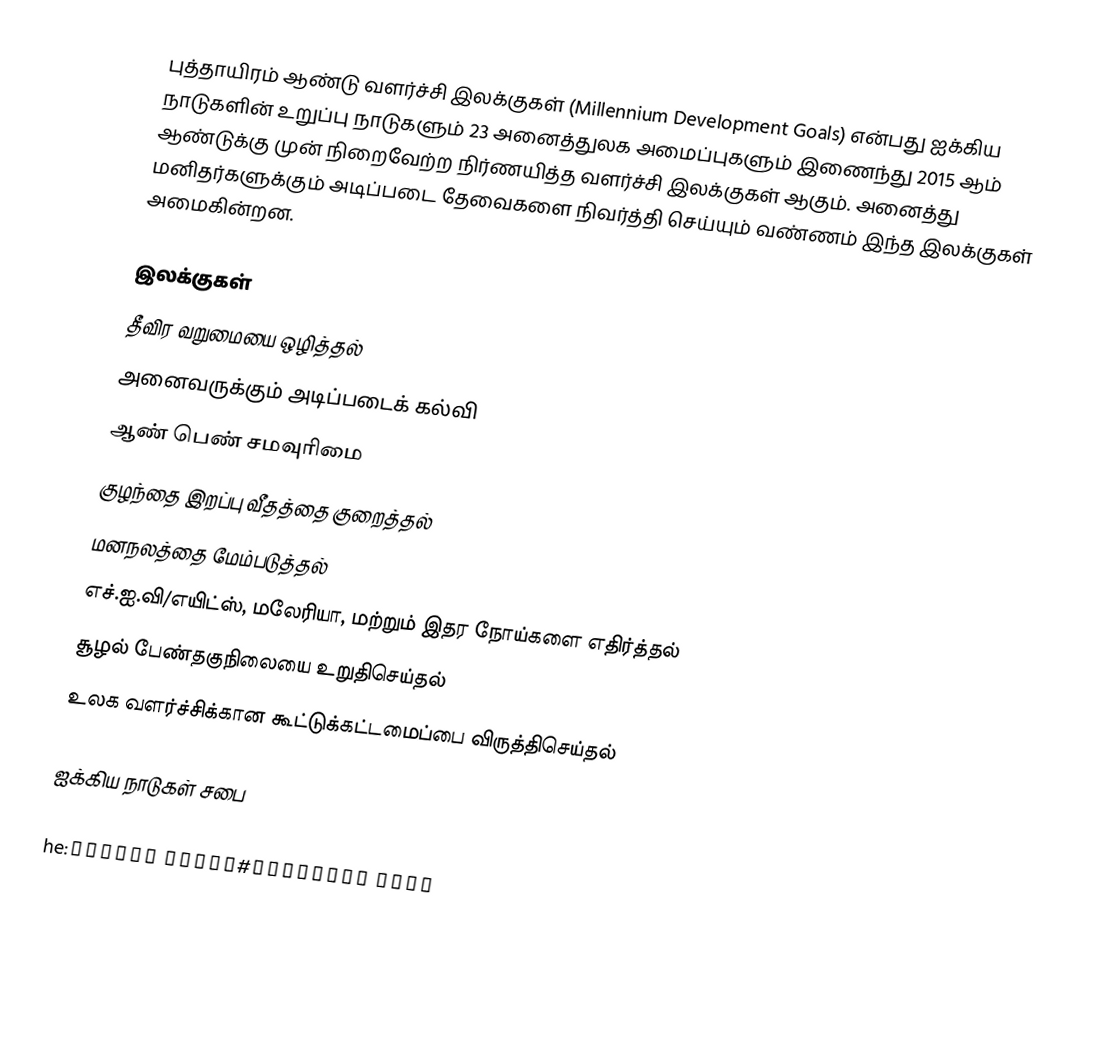
புத்தாயிரம் ஆண்டு வளர்ச்சி இலக்குகள் (Millennium Development Goals) என்பது ஐக்கிய நாடுகளின் உறுப்பு நாடுகளும் 23 அனைத்துலக அமைப்புகளும் இணைந்து 2015 ஆம் ஆண்டுக்கு முன் நிறைவேற்ற நிர்ணயித்த வளர்ச்சி இலக்குகள் ஆகும். அனைத்து மனிதர்களுக்கும் அடிப்படை தேவைகளை நிவர்த்தி செய்யும் வண்ணம் இந்த இலக்குகள் அமைகின்றன.

இலக்குகள்
 தீவிர வறுமையை ஒழித்தல்
 அனைவருக்கும் அடிப்படைக் கல்வி
 ஆண் பெண் சமவுரிமை
 குழந்தை இறப்பு வீதத்தை குறைத்தல்
 மனநலத்தை மேம்படுத்தல்
 எச்.ஐ.வி/எயிட்ஸ், மலேரியா, மற்றும் இதர நோய்களை எதிர்த்தல்
 சூழல் பேண்தகுநிலையை உறுதிசெய்தல்
 உலக வளர்ச்சிக்கான கூட்டுக்கட்டமைப்பை விருத்திசெய்தல்

ஐக்கிய நாடுகள் சபை

he:פסגת המילניום#מטרות הועידה